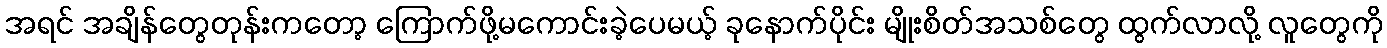
အရင် အချိန်တွေတုန်းကတော့ ကြောက်ဖို့မကောင်းခဲ့ပေမယ့် ခုနောက်ပိုင်း မျိုးစိတ်အသစ်တွေ ထွက်လာလို့ လူတွေကို